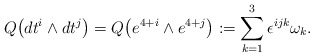
\begin{gather*}Q\big(dt^i\wedge dt^j\big) =Q\big(e^{4+i}\wedge e^{4+j}\big):=\sum\limits_{k=1}^3\epsilon^{ijk}\omega_k.\end{gather*}